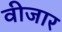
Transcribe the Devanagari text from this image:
वीजार